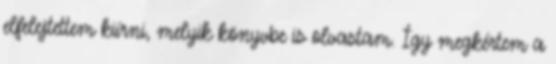
elfelejtettem kiírni, melyik könyvbe is olvastam. Így megkértem a